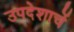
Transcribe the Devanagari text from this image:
उपदेशाचें